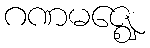
ဂဏမဇ္ဈေ